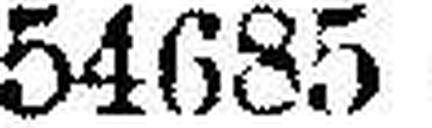
54685